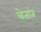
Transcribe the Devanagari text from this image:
त्रेतांत